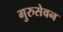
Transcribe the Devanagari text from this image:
गुरुसेवन